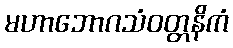
မဟာဘောဂသံဝတ္တနိကံ